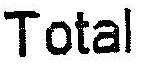
TOTAL